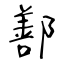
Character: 鄯